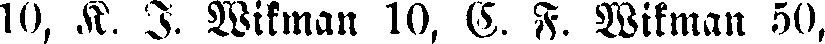
10, K. I. Wikman 10. E. F. Wikman 50,